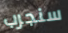
سنجرب